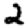
Digit: 2